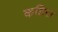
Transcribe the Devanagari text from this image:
कहिरा